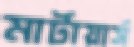
মার্টায়ার্স